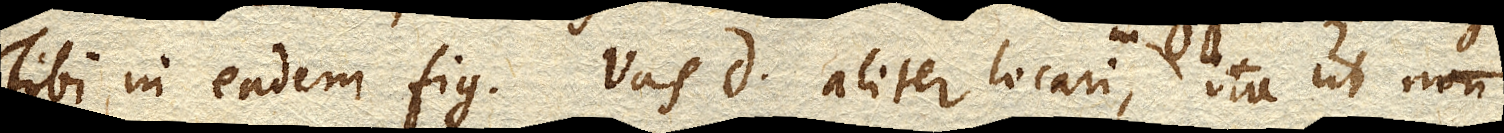
Tibi in eadem fig. vas D. aliter locari in DD. ita ut